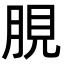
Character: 䏹